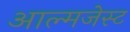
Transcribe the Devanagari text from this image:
आल्मजेस्ट